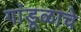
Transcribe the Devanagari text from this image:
गांडूळाचे